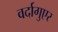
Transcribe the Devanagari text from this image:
वर्दागुएर